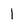
Character: 1